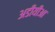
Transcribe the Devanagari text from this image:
अडीयीआ